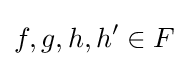
f,g,h,h'\in F